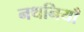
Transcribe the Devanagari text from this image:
नथनियाँ